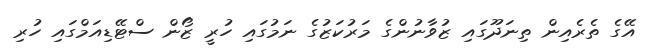
އޭގެ ތެރެއިން ތިނަދޫގައި ޒުވާނުންގެ މަރުކަޒުގެ ނަމުގައި ހުރީ ޒޯން ސްޓޭޑިއަމްގައި ހުރި